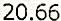
20.66